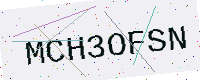
Text: MCH3OFSN